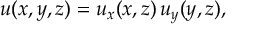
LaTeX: u ( x , y , z ) = u _ { x } ( x , z ) \, u _ { y } ( y , z ) ,